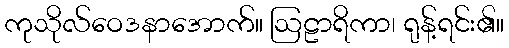
ကုသိုလ်ဝေဒနာအောက်။ ဩဠာရိကာ၊ ရုန့်ရင်း၏။